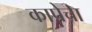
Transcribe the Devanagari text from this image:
कापेचा